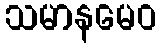
သမာနမေဝ